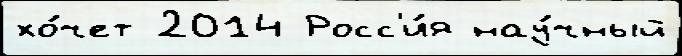
хо́чет 2014 Росс'и́я нау́чный